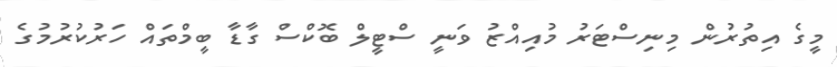
މީގެ އިތުރުން މިނިސްޓަރު މުއިއްޒު ވަނީ ސްޓީލް ބޮކްސް ގާޑާ ބީމްތައް ހަރުކުރުމުގެ